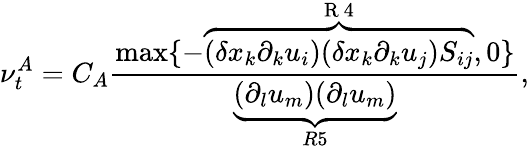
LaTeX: \nu_{t}^{A}=C_{A}\frac{\mathrm{max}\{ -\overbrace{(\delta x_{k}\partial_{k}u_{i})(\delta x_{k}\partial_{k}u_{j})S_{ij}}^{\mathrm{~R~4~}},0\} }{\underbrace{(\partial_{l}u_{m})(\partial_{l}u_{m})}_{R5}},